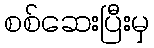
စစ်ဆေးပြီးမှ